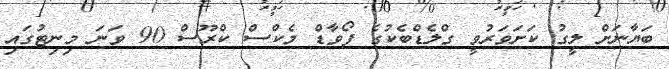
ބަޔާނަށް ލީގު ކަށަވަރުވީ ގްލެޑްބެކުގެ ފޯވާޑް މެކްްސް ކްރޫސް 90 ވަނަ މިނިޓުގައި